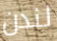
لندن